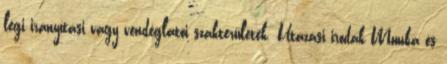
légi irányítási vagy vendéglátói szakterületek. Utazási irodák Munka és